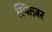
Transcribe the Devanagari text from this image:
स्पित्ज़र